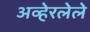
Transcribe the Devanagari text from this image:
अव्हेरलेले